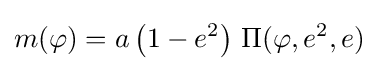
m(\varphi )=a\left(1-e^{2}\right)\,\Pi (\varphi ,e^{2},e)